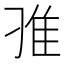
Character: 𨾆